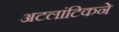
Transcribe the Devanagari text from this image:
अटलांटिकने